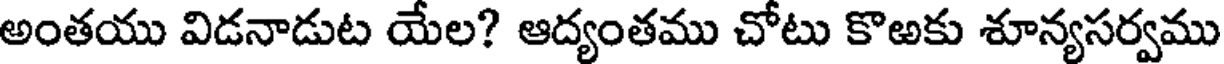
అంతయు విడనాడుట యేల? ఆద్యంతము చోటు కొఱకు శూన్యసర్వము